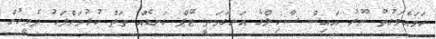
ހަމައެވަގުތު ނޫރު އައިސް ސާހިލްގެ އަނގަމަތީ ޓޭޕް ގަނޑެއް ތަތް ކުރުމަށްފަހު ދެމީހުން